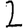
Digit: 2